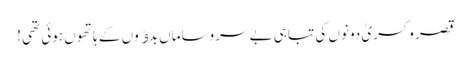
قصر و کسریٰ دونوں کی تباہی بے سروساماں بدﺅوں کے ہاتھوں ہوئی تھی !